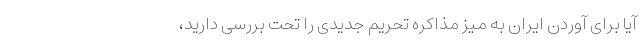
آیا برای آوردن ایران به میز مذاکره تحریم جدیدی را تحت بررسی دارید،